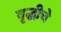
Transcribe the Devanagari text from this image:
वृद्धीचे